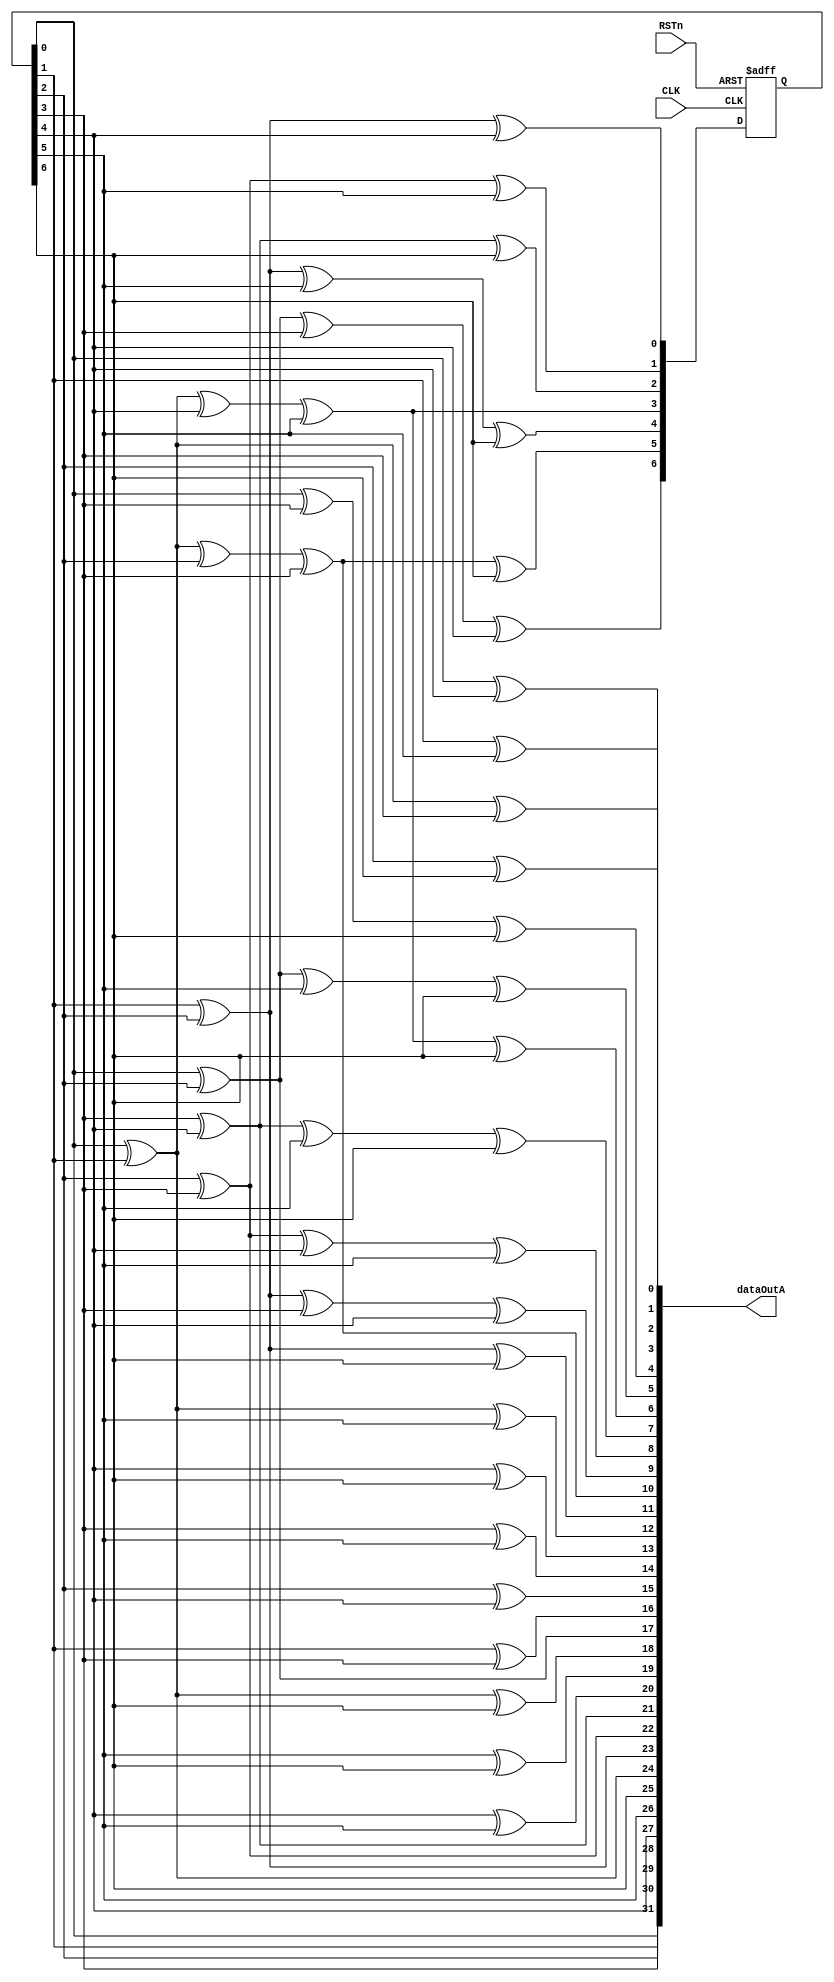
`timescale 1ns / 1ps
//////////////////////////////////////////////////////////////////////////////////
// Company: SMU
// 
// Design Name: PRBS7Gen32b
// Module Name: PRBS7Gen32b
// Project Name: GBCR2 SEU/SEE Test
// Target Devices: KC705
// Tool Versions: Vivado 2018.2
// Description: 
// 
// Dependencies: 
// 
// Revision:
// Revision 0.01 - File Created
// Additional Comments:
// 
//////////////////////////////////////////////////////////////////////////////////


module PRBS7Gen32b(
input wire CLK,
input wire RSTn,
output wire [31:0] dataOutA
    );
wire [31:0] data_int;
wire rstA;
reg [6:0] SA;  //seed
assign rstA = RSTn;
assign dataOutA = data_int;

assign data_int[31] = SA[0];
assign data_int[30] = SA[1];
assign data_int[29] = SA[2];
assign data_int[28] = SA[3];
assign data_int[27] = SA[4];
assign data_int[26] = SA[5];
assign data_int[25] = SA[6];
assign data_int[24] = SA[0]^SA[1];
assign data_int[23] = SA[1]^SA[2];
assign data_int[22] = SA[2]^SA[3];
assign data_int[21] = SA[3]^SA[4];
assign data_int[20] = SA[4]^SA[5];
assign data_int[19] = SA[5]^SA[6];
assign data_int[18] = SA[0]^SA[1]^SA[6];
assign data_int[17] = SA[0]^SA[2];
assign data_int[16] = SA[1]^SA[3];
assign data_int[15] = SA[2]^SA[4];
assign data_int[14] = SA[3]^SA[5];
assign data_int[13] = SA[4]^SA[6];
assign data_int[12] = SA[0]^SA[1]^SA[5];
assign data_int[11] = SA[1]^SA[2]^SA[6];
assign data_int[10] = SA[0]^SA[1]^SA[2]^SA[3];
assign data_int[9] = SA[1]^SA[2]^SA[3]^SA[4];
assign data_int[8] = SA[2]^SA[3]^SA[4]^SA[5];
assign data_int[7] = SA[3]^SA[4]^SA[5]^SA[6];
assign data_int[6] = SA[0]^SA[1]^SA[4]^SA[5]^SA[6];
assign data_int[5] = SA[0]^SA[2]^SA[5]^SA[6];
assign data_int[4] = SA[0]^SA[3]^SA[6];
assign data_int[3] = SA[0]^SA[4];
assign data_int[2] = SA[1]^SA[5];
assign data_int[1] = SA[2]^SA[6];
assign data_int[0] = SA[0]^SA[1]^SA[3];
    
always @(negedge rstA or posedge CLK )
begin
    if (!rstA)begin
        SA <= 7'b1111111;  
    end
    else begin
        SA[0]<= SA[1]^SA[2]^SA[4];
        SA[1]<= SA[2]^SA[3]^SA[5];
        SA[2]<= SA[3]^SA[4]^SA[6];
        SA[3]<= SA[0]^SA[1]^SA[4]^SA[5];
        SA[4]<= SA[1]^SA[2]^SA[5]^SA[6];
        SA[5]<= SA[0]^SA[1]^SA[2]^SA[3]^SA[6];
        SA[6]<= SA[0]^SA[2]^SA[3]^SA[4];		
    end
end
endmodule